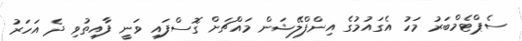
ސެޕްޓެމްބަރު މަހު އެގައުމުގެ އިންފްލޭޝަން މައްޗަށް ގޮސްފައި ވަނީ ފާއިތުވި ދެ އަހަރު